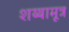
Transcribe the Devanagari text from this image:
शय्यामूत्र